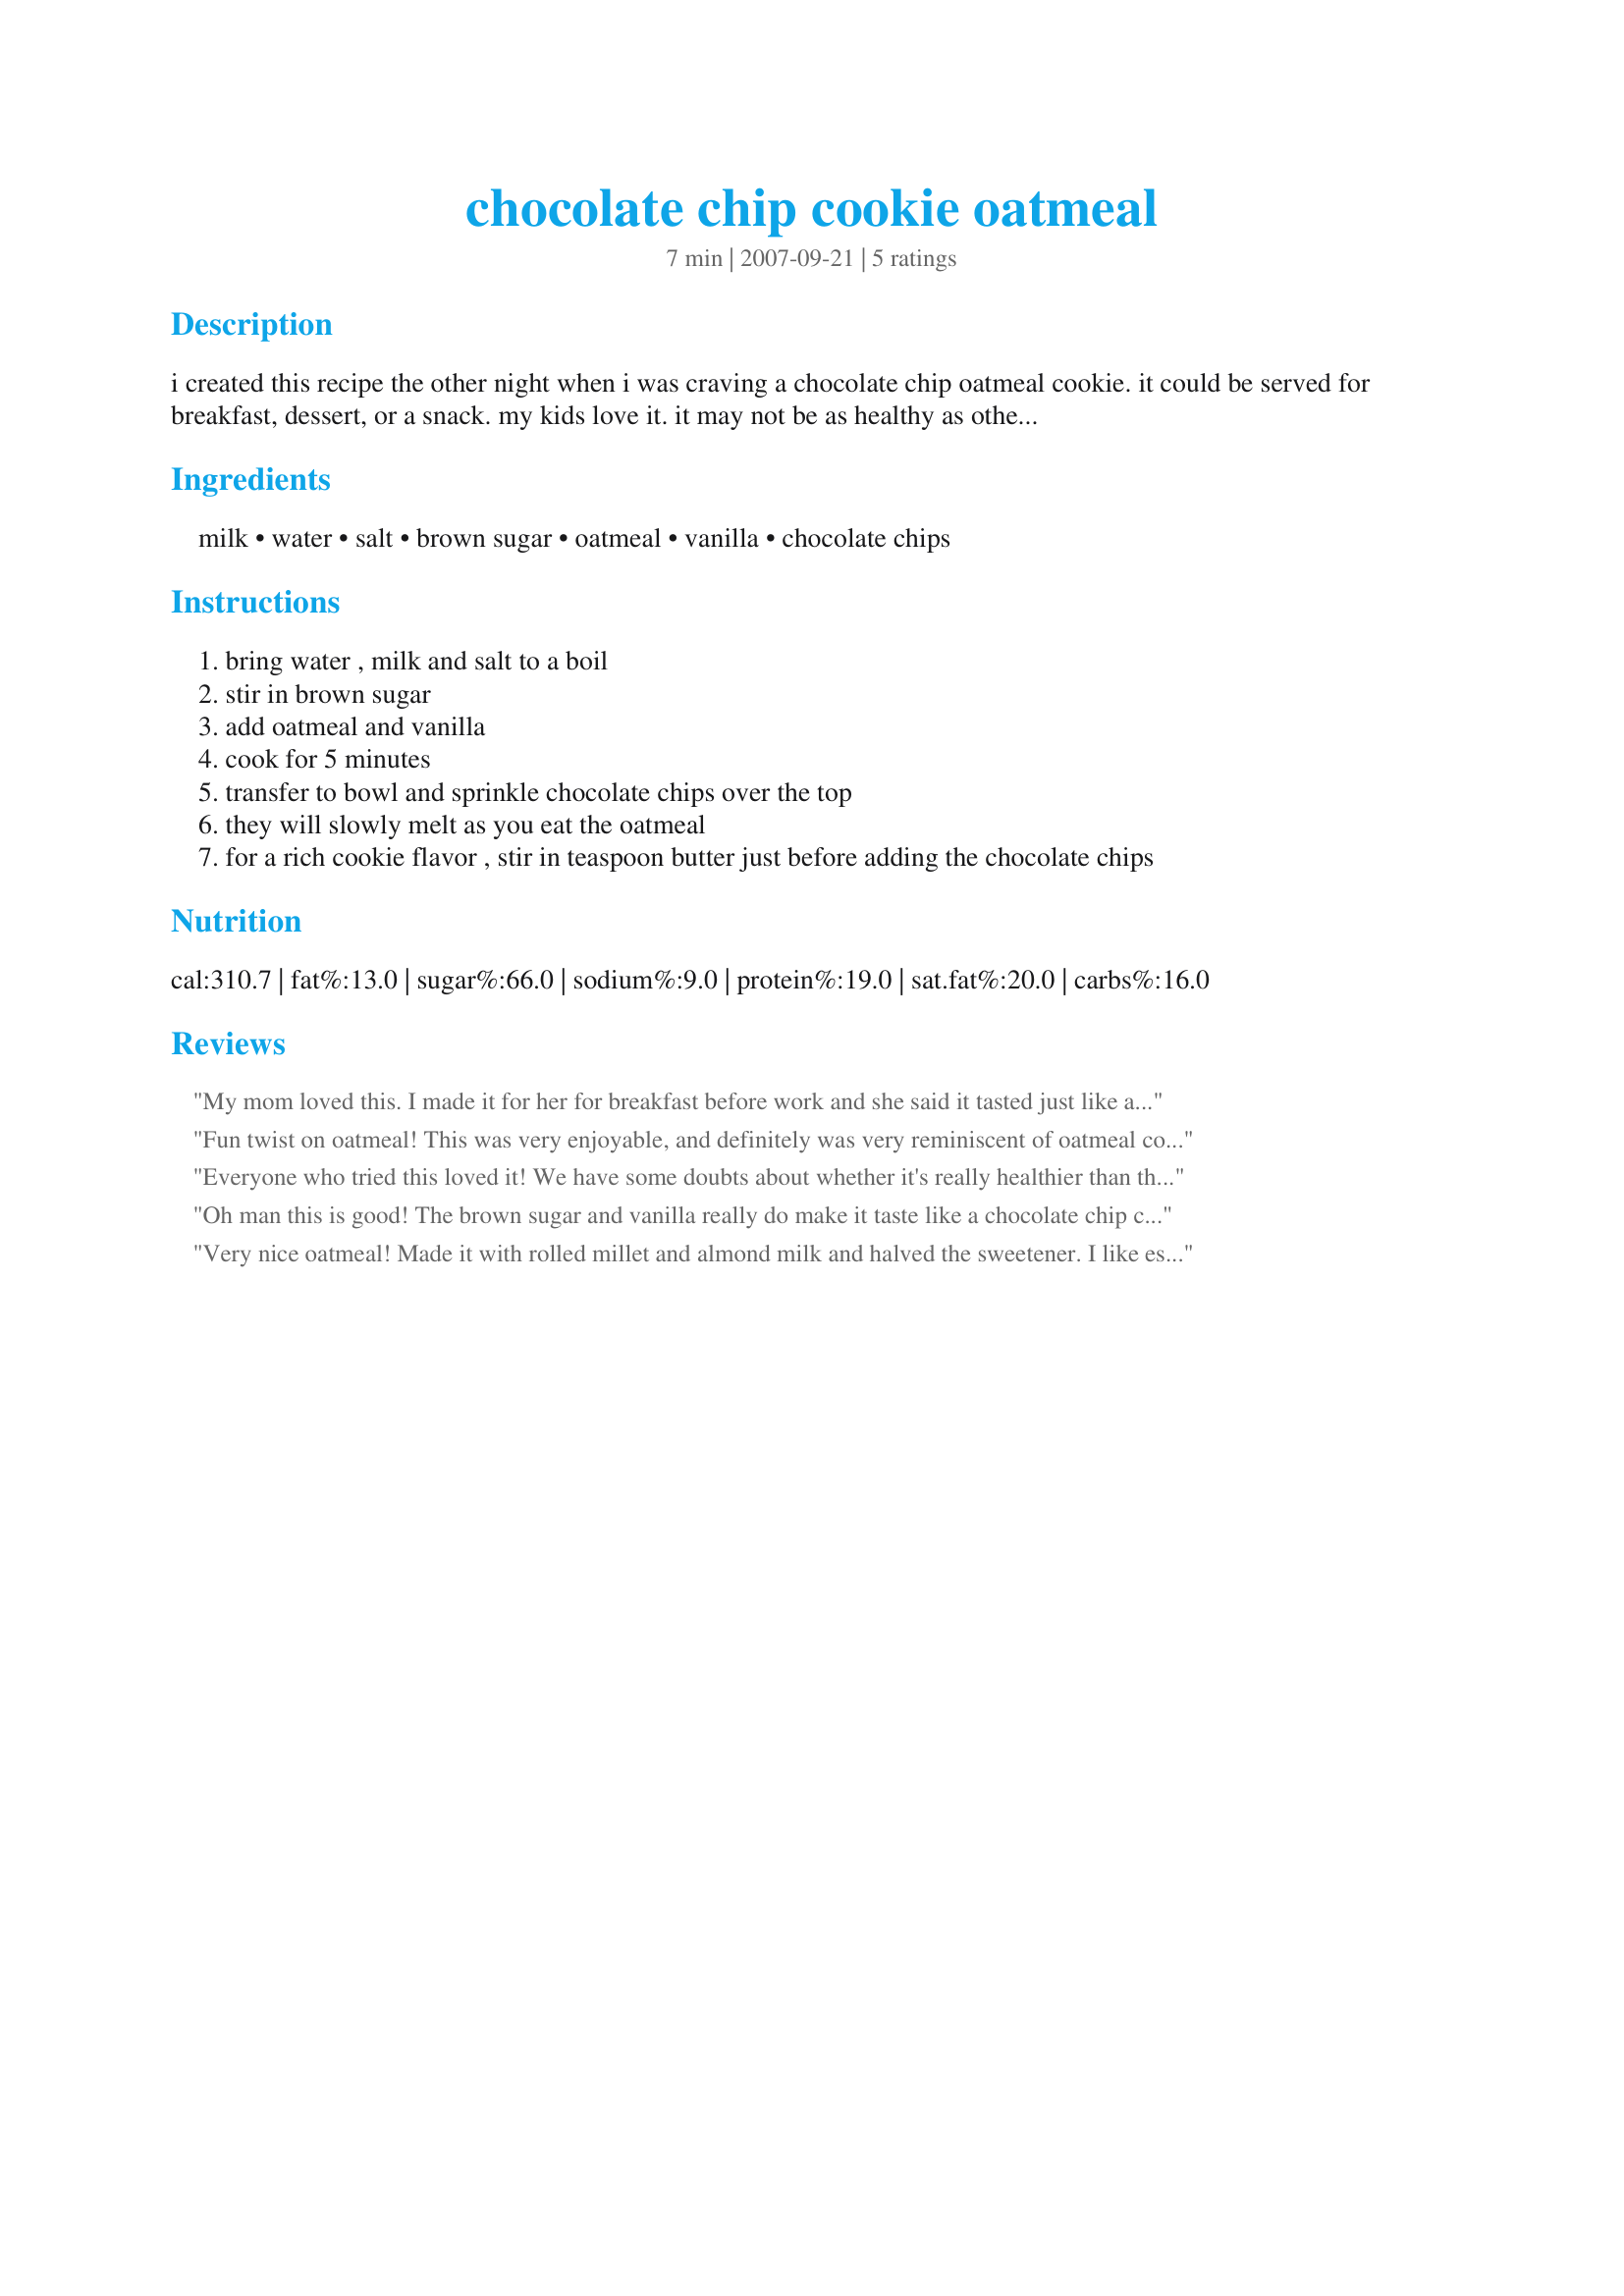
chocolate chip cookie oatmeal
Preparation time: 7 minutes

i created this recipe the other night when i was craving a chocolate chip oatmeal cookie. it could be served for breakfast, dessert, or a snack. my kids love it. it may not be as healthy as other versions of oatmeal, but it is much better than visiting the cookie jar when a craving hits. this recipe can easily be increased for multiple servings.

Ingredients:
milk, water, salt, brown sugar, oatmeal, vanilla, chocolate chips

Steps:
bring water , milk and salt to a boil
stir in brown sugar
add oatmeal and vanilla
cook for 5 minutes
transfer to bowl and sprinkle chocolate chips over the top
they will slowly melt as you eat the oatmeal
for a rich cookie flavor , stir in teaspoon butter just before adding the chocolate chips

Reviews:
My mom loved this. I made it for her for breakfast before work and she said it tasted just like a oatmeal chocolate chip cookie.
Fun twist on oatmeal! This was very enjoyable, and definitely was very reminiscent of oatmeal cookies with chocolate chips. Thanks for sharing!
Everyone who tried this loved it! We have some doubts about whether it's really healthier than the cookies, which would have more sugar but also more protein. However, this is comfort and indulgence food, not health food, and it's delicious with a little twist of michief built in. Made for PickAChef, March 09.
Oh man this is good! The brown sugar and vanilla really do make it taste like a chocolate chip cookie! I also added a sprinkling of chopped pecans. This is a great way to serve oatmeal - loved it - thanks for sharing your recipe! Made for the Comfort Cafe event, January 2009
Very nice oatmeal! Made it with rolled millet and almond milk and halved the sweetener. I like especially the vanilla in it, which gives it a nice twist. Thanks for sharing!
Made for Comfort Cafe Snowqueen's Round 2010.
